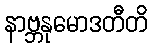
နာဗ္ဘနုမောဒတီတိ